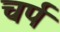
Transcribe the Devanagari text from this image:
चर्प